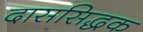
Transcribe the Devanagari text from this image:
दाससिद्धक